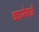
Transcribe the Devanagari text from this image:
कारनेवाले